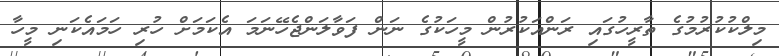
މިލްކުކުރުމުގެ ތާރީހުގައި ރަންއަކުރުން މީހަކުގެ ނަން ފަވާލަންޖެހޭނަމަ އެކަމަށް ހުރި ހަމައެކަނި މީހާ